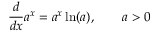
{ \frac { d } { d x } } a ^ { x } = a ^ { x } \ln ( a ) , \qquad a > 0